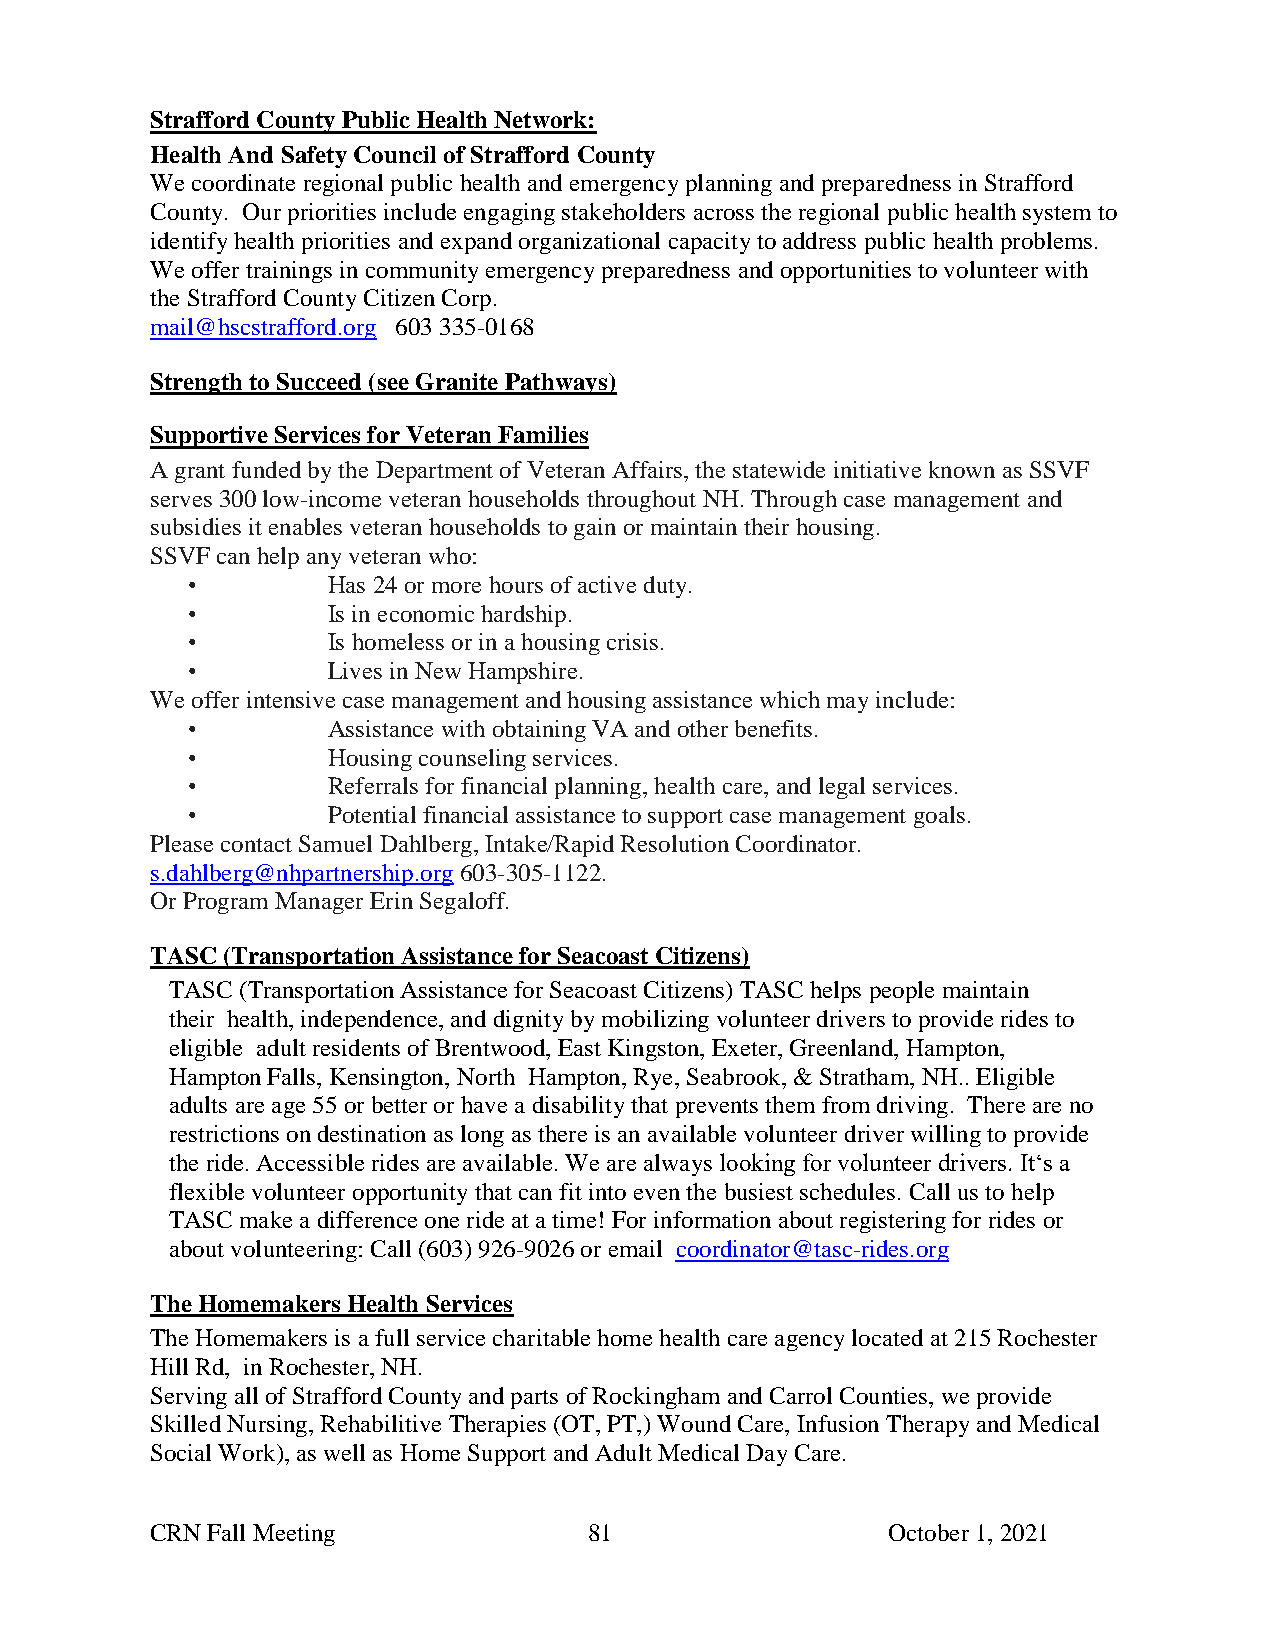
Strafford County Public Health Network:
 Health And Safety Council of Strafford County
 We coordinate regional public health and emergency planning and preparedness in Strafford
 County. Our priorities include engaging stakeholders across the regional public health system to
 identify health priorities and expand organizational capacity to address public health problems.
 We offer trainings in community emergency preparedness and opportunities to volunteer with
 the Strafford County Citizen Corp.
 mail@hscstrafford.org 603 335-0168
 Strength to Succeed (see Granite Pathways)
 Supportive Services for Veteran Families
 A grant funded by the Department of Veteran Affairs, the statewide initiative known as SSVF
 serves 300 low-income veteran households throughout NH. Through case management and
 subsidies it enables veteran households to gain or maintain their housing.
 SSVF can help any veteran who:
 •         Has 24 or more hours of active duty.
 •         Is in economic hardship.
 •         Is homeless or in a housing crisis.
 •         Lives in New Hampshire.
 We offer intensive case management and housing assistance which may include:
 •         Assistance with obtaining VA and other benefits.
 •         Housing counseling services.
 •         Referrals for financial planning, health care, and legal services.
 •         Potential financial assistance to support case management goals.
 Please contact Samuel Dahlberg, Intake/Rapid Resolution Coordinator.
 s.dahlberg@nhpartnership.org 603-305-1122.
 Or Program Manager Erin Segaloff.
 TASC (Transportation Assistance for Seacoast Citizens)
 TASC (Transportation Assistance for Seacoast Citizens) TASC helps people maintain
 their health, independence, and dignity by mobilizing volunteer drivers to provide rides to
 eligible adult residents of Brentwood, East Kingston, Exeter, Greenland, Hampton,
 Hampton Falls, Kensington, North Hampton, Rye, Seabrook, & Stratham, NH.. Eligible
 adults are age 55 or better or have a disability that prevents them from driving. There are no
 restrictions on destination as long as there is an available volunteer driver willing to provide
 the ride. Accessible rides are available. We are always looking for volunteer drivers. It‘s a
 flexible volunteer opportunity that can fit into even the busiest schedules. Call us to help
 TASC make a difference one ride at a time! For information about registering for rides or
 about volunteering: Call (603) 926-9026 or email coordinator@tasc-rides.org
 The Homemakers Health Services
 The Homemakers is a full service charitable home health care agency located at 215 Rochester
 Hill Rd, in Rochester, NH.
 Serving all of Strafford County and parts of Rockingham and Carrol Counties, we provide
 Skilled Nursing, Rehabilitive Therapies (OT, PT,) Wound Care, Infusion Therapy and Medical
 Social Work), as well as Home Support and Adult Medical Day Care.
 CRN Fall Meeting             81                  October 1, 2021